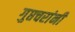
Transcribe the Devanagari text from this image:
गुप्तचरांनी